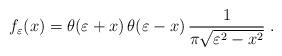
LaTeX: \begin{align*}f_\varepsilon (x) = \theta (\varepsilon + x) \, \theta (\varepsilon- x) \,\frac{1}{\pi \sqrt{\varepsilon^2 - x^2}} \;.\end{align*}